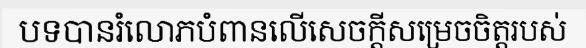
បទបានរំលោភបំពានលើសេចក្តីសម្រេចចិត្តរបស់